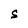
Character: S